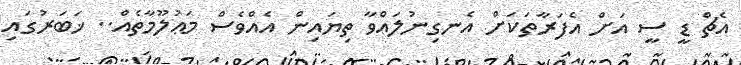
އެޗް ޑީ ސީ އަށް އެފަރާތަކަށް އެނގިނުލައްވާ ތިޔައިން އެއްވެސް މަޢުލޫމާތެއް.. ޚަބަރުގައި